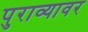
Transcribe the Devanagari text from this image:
पुराव्यावर